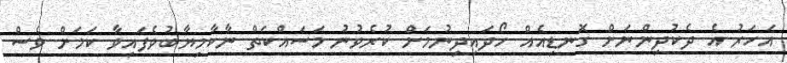
އަހަރު އެ ދެކުދިންނަށް ގޮނޑިއެއް ހޯދައިދިނުމަށް ކުރެވުނު މަސައްކަތް ނާކާމިޔާބުވެފައިވާ ކަމަށް ވެސް